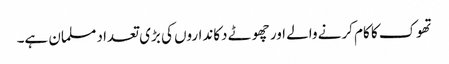
تھوک کا کام کرنے والے اور چھوٹے دکانداروں کی بڑی تعداد مسلمان ہے۔